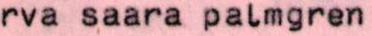
rva saara palmgren